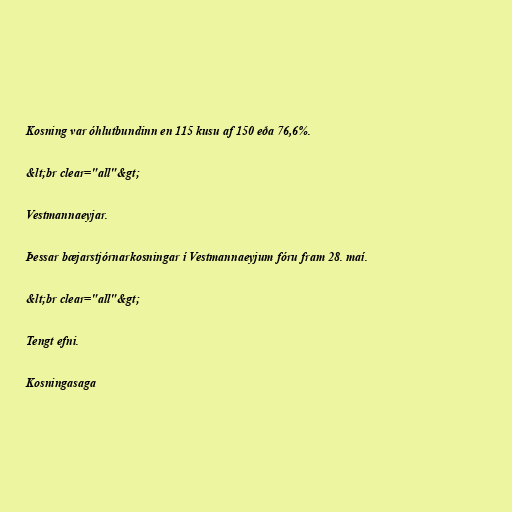
Kosning var óhlutbundinn en 115 kusu af 150 eða 76,6%.

&lt;br clear="all"&gt;

Vestmannaeyjar.

Þessar bæjarstjórnarkosningar í Vestmannaeyjum fóru fram 28. maí.

&lt;br clear="all"&gt;

Tengt efni.

Kosningasaga